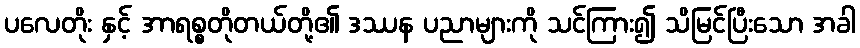
ပလေတိုး နှင့် အာရစ္စတိုတယ်တို့၏ ဒဿန ပညာများကို သင်ကြား၍ သိမြင်ပြီးသော အခါ